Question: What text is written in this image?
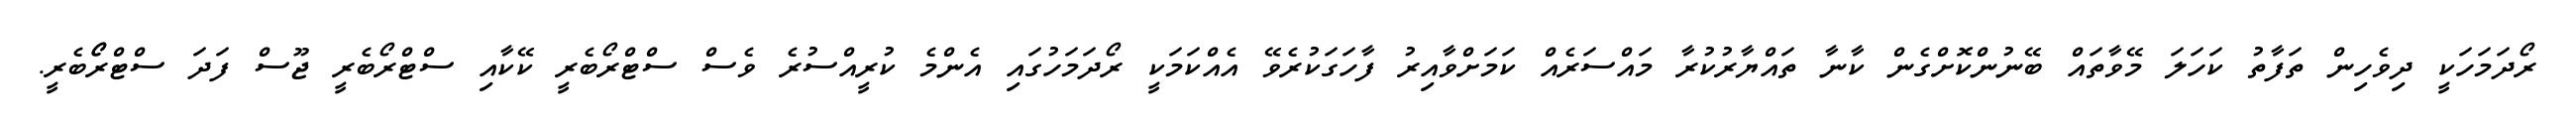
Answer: ރޯދަމަހަކީ ދިވެހިން ތަފާތު ކަހަލަ މޭވާތައް ބޭނުންކޮށްގެން ކާނާ ތައްޔާރުކުރާ މައްސަރެއް ކަމަށްވާއިރު ފާހަގަކުރެވޭ އެއްކަމަކީ ރޯދަމަހުގައި އެންމެ ކުރީއްސުރެ ވެސް ސްޓްރޯބެރީ ކޭކާއި ސްޓްރޯބެރީ ޖޫސް ފަދަ ސްޓްރޯޯބެރީ.